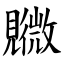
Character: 覹